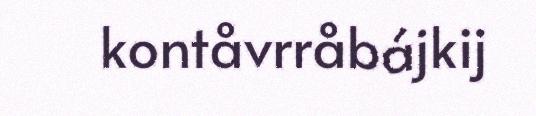
kontåvrråbájkij